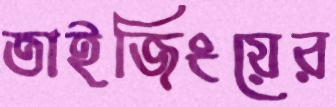
তাইজিংয়ের